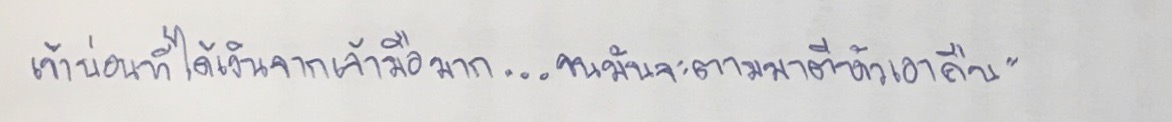
เข้าบ่อนที่ได้เงินจากเจ้ามือมาก...จนมันจะตามมาตีหัวเอาคืน"